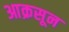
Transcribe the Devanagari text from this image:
आक्रसून